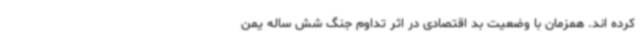
کرده اند. همزمان با وضعیت بد اقتصادی در اثر تداوم جنگ شش ساله یمن